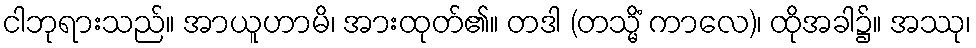
ငါဘုရားသည်။ အာယူဟာမိ၊ အားထုတ်၏။ တဒါ (တသ္မိံ ကာလေ)၊ ထိုအခါ၌။ အဿု၊